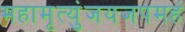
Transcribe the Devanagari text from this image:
महामृत्युंजयजपमहं